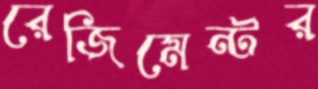
রেজিমেন্টর